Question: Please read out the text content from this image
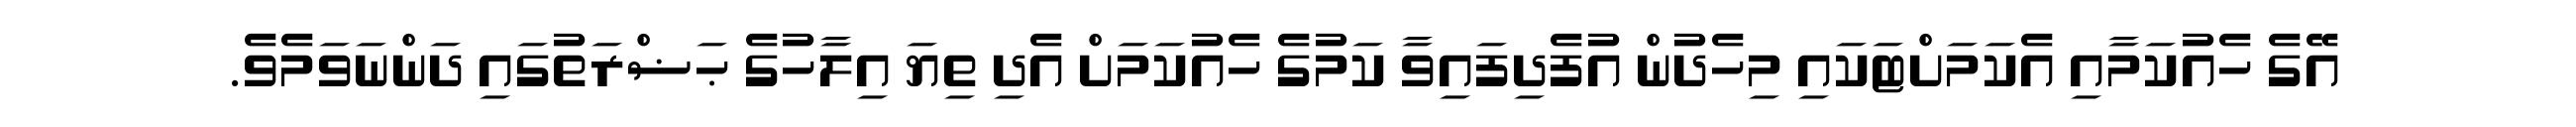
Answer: އޭގެ ހެއުކަމާއި އެކަމަށްޓަކައި މިހެދުން އުފެދިފައިވާ ކަމުގެ ހެއުކަމަށް އެދި ތިޔަ އިލާހުގެ ޙަޟްރަތުގައި ދަންނަވަމެވެ.